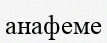
анафеме